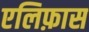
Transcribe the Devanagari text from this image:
एलिफ़ास